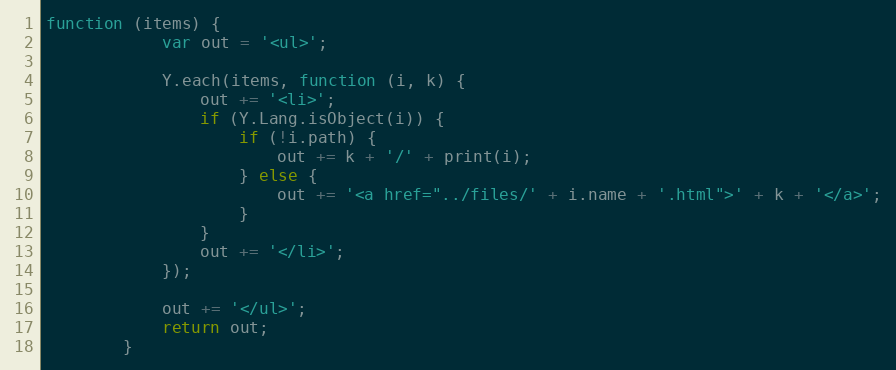
Language: JavaScript
function (items) {
            var out = '<ul>';

            Y.each(items, function (i, k) {
                out += '<li>';
                if (Y.Lang.isObject(i)) {
                    if (!i.path) {
                        out += k + '/' + print(i);
                    } else {
                        out += '<a href="../files/' + i.name + '.html">' + k + '</a>';
                    }
                }
                out += '</li>';
            });

            out += '</ul>';
            return out;
        }